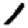
Digit: 1